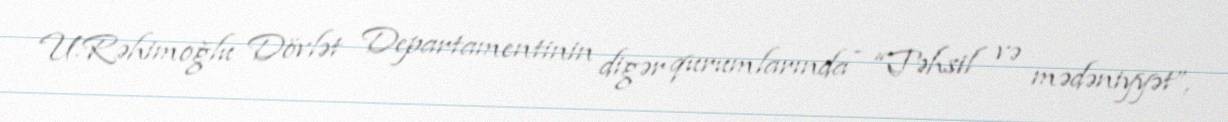
U.Rəhimoğlu Dövlət Departamentinin digər qurumlarında - “Təhsil və mədəniyyət”,